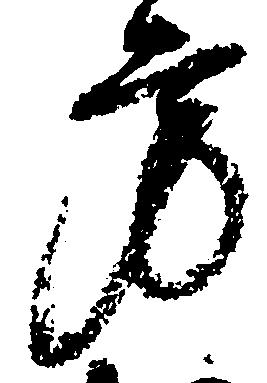
方